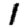
Digit: 1